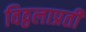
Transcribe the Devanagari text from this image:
विठ्ठलाप्रती